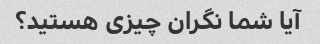
آیا شما نگران چیزی هستید؟